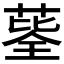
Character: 𦷅